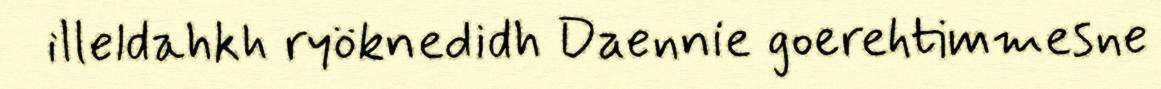
illeldahkh ryöknedidh Daennie goerehtimmesne